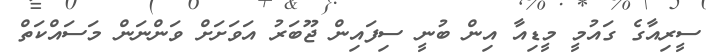
ސީރިއާގެ ގައުމީ މީޑިއާ އިން ބުނީ ސިފައިިން ޖޫބަރު އަވަށަށް ވަންނަން މަސައްކަތް